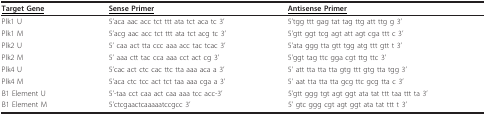
<table><thead><tr><td><b><underline>Target Gene</underline></b></td><td><b><underline>Sense Primer</underline></b></td><td><b><underline>Antisense Primer</underline></b></td></tr></thead><tbody><tr><td>Plk1 U</td><td>5&#x27;aca aac acc tct ttt ata tct aca tc 3&#x27;</td><td>5&#x27;tgg ttt gag tat tag ttg att ttg g 3&#x27;</td></tr><tr><td>Plk1 M</td><td>5&#x27;acg aac acc tct ttt ata tct acg tc 3&#x27;</td><td>5&#x27;gtt ggt tcg agt att agt cga ttt c 3&#x27;</td></tr><tr><td>Plk2 U</td><td>5&#x27; caa act tta ccc aaa acc tac tcac 3&#x27;</td><td>5&#x27;ata ggg tta gtt tgg atg ttt gtt t 3&#x27;</td></tr><tr><td>Plk2 M</td><td>5&#x27; aaa ctt tac cca aaa cct act cg 3&#x27;</td><td>5&#x27;ggt tag ttc gga cgt ttg ttc 3&#x27;</td></tr><tr><td>Plk4 U</td><td>5&#x27;cac act ctc cac ttc tta aaa aca a 3&#x27;</td><td>5&#x27; att tta tta tta gtg ttt gtg tta tgg 3&#x27;</td></tr><tr><td>Plk4 M</td><td>5&#x27;aca ctc tcc act tct taa aaa cga a 3&#x27;</td><td>5&#x27; aat tta tta tta gcg ttc gcg tta c 3&#x27;</td></tr><tr><td>B1 Element U</td><td>5&#x27;-taa cct caa act caa aaa tcc acc-3&#x27;</td><td>5&#x27;gtt ggg tgt agt ggt ata tat ttt taa ttt ta 3&#x27;</td></tr><tr><td>B1 Element M</td><td>5&#x27;ctcgaactcaaaaatccgcc 3&#x27;</td><td>5&#x27; gtc ggg cgt agt ggt ata tat ttt t 3&#x27;</td></tr></tbody></table>